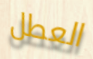
العطل